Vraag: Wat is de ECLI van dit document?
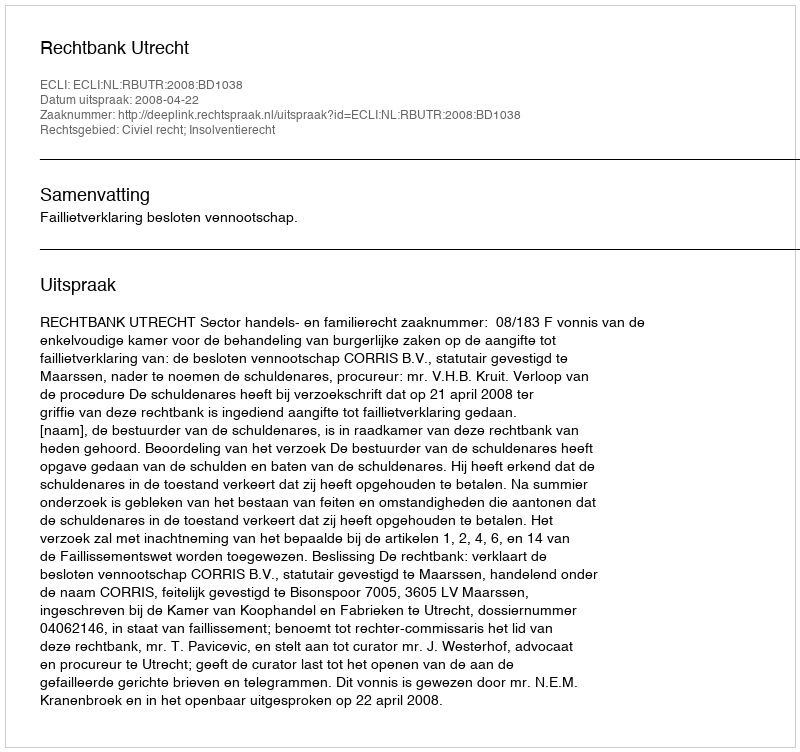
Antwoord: ECLI:NL:RBUTR:2008:BD1038